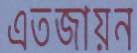
এতজায়ন